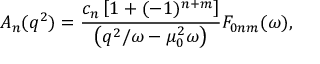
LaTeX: { \cal A } _ { n } ( q ^ { 2 } ) = \frac { c _ { n } \left[ 1 + ( - 1 ) ^ { n + m } \right] } { \left( q ^ { 2 } / \omega - \mu _ { 0 } ^ { 2 } \omega \right) } F _ { 0 n m } ( \omega ) ,